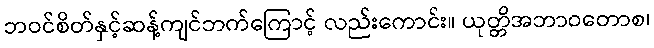
ဘဝင်စိတ်နှင့်ဆန့်ကျင်ဘက်ကြောင့် လည်းကောင်း။ ယုတ္တိအဘာဝတောစ၊